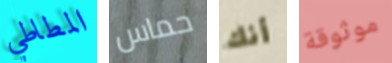
المطاطي حماس أنك موثوقة